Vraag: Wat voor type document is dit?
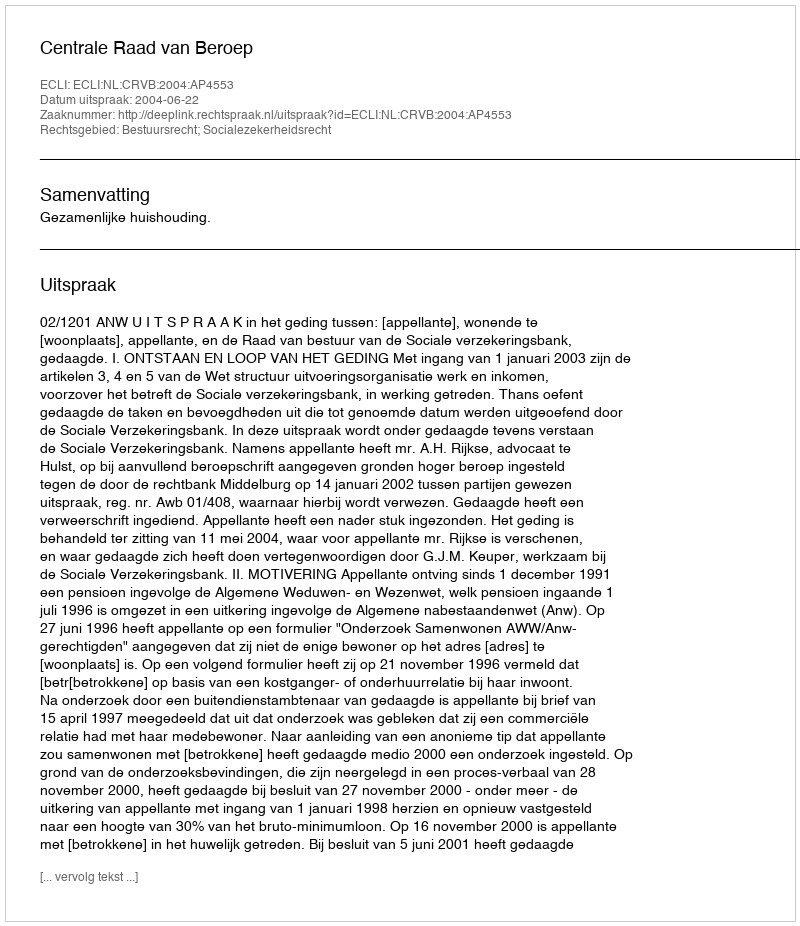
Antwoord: Uitspraak